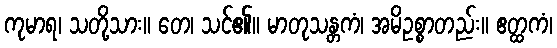
ကုမာရ၊ သတို့သား။ တေ၊ သင်၏။ မာတုသန္တကံ၊ အမိဥစ္စာတည်း။ ဧတ္ထကံ၊